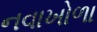
નવાખોળા